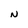
Character: N